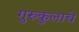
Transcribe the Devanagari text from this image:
गुरुकुलाचे